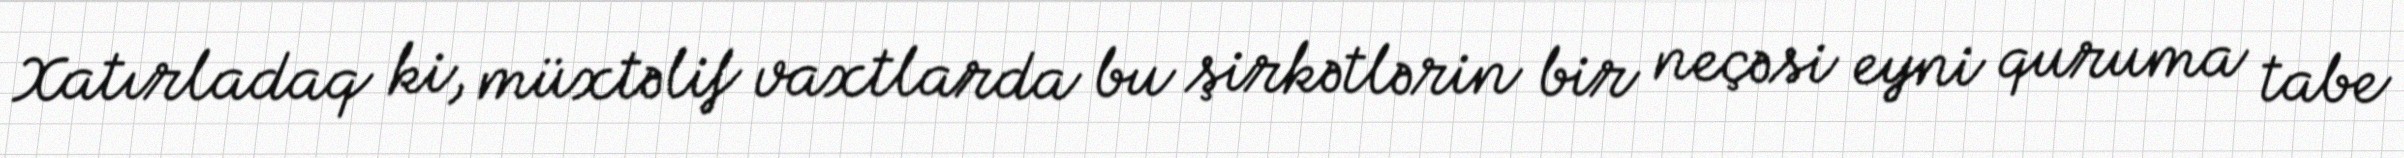
Xatırladaq ki, müxtəlif vaxtlarda bu şirkətlərin bir neçəsi eyni quruma tabe